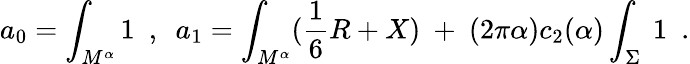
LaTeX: a_{0}=\int_{M^{\alpha}}1~~,~~a_{1}=\int_{M^{\alpha}}({\frac{1}{6}}R+X)~+~(2\pi\alpha)c_{2}(\alpha)\int_{\Sigma}~1~~.